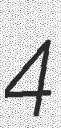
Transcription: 4